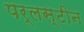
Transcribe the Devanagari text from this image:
पर्लस्टीन